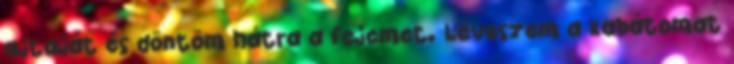
ajtaját és döntöm hátra a fejemet. Leveszem a kabátomat